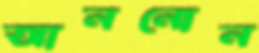
আননোন